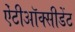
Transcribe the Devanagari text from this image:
ऐंटीऑक्सीडेंट